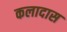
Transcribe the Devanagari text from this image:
कलादास